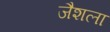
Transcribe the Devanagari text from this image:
जैशला